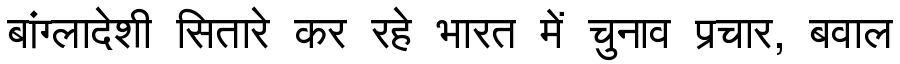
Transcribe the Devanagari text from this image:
बांग्लादेशी सितारे कर रहे भारत में चुनाव प्रचार, बवाल